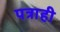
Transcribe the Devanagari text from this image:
पत्राही